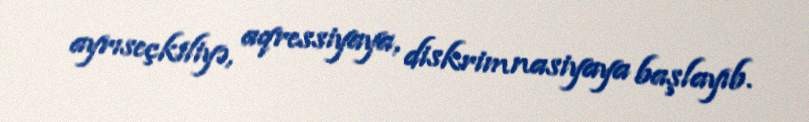
ayrıseçkiliyə, aqressiyaya, diskrimnasiyaya başlayıb.